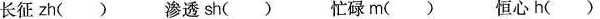
长\underset{·}{征}zh() \underset{·}{渗}透sh() \underset{·}{忙}碌m() \underset{·}{恒}心h()